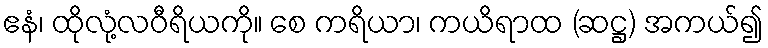
ဧနံ၊ ထိုလုံ့လဝီရိယကို။ စေ ကရိယာ၊ ကယိရာထ (ဆဋ္ဌ) အကယ်၍